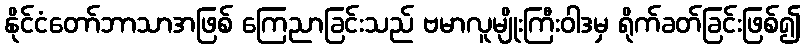
နိုင်ငံတော်ဘာသာအဖြစ် ကြေညာခြင်းသည် ဗမာလူမျိုးကြီးဝါဒမှ ရိုက်ခတ်ခြင်းဖြစ်၍